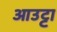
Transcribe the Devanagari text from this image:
आउट्टा